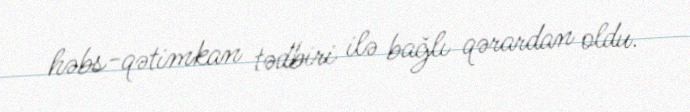
həbs-qətimkan tədbiri ilə bağlı qərardan oldu.